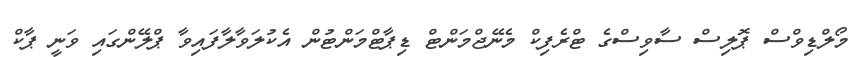
މޯލްޑިވްސް ޕޮލިސް ސާވިސްގެ ޓްރެފިކް މެނޭޖްމަންޓް ޑިޕާޓްމަންޓުން އެކުލަވާލާފައިވާ ޕްލޭންގައި ވަނީ ޕާކް